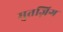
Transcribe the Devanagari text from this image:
मुतज़िग